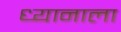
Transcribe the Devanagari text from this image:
ध्यानाला